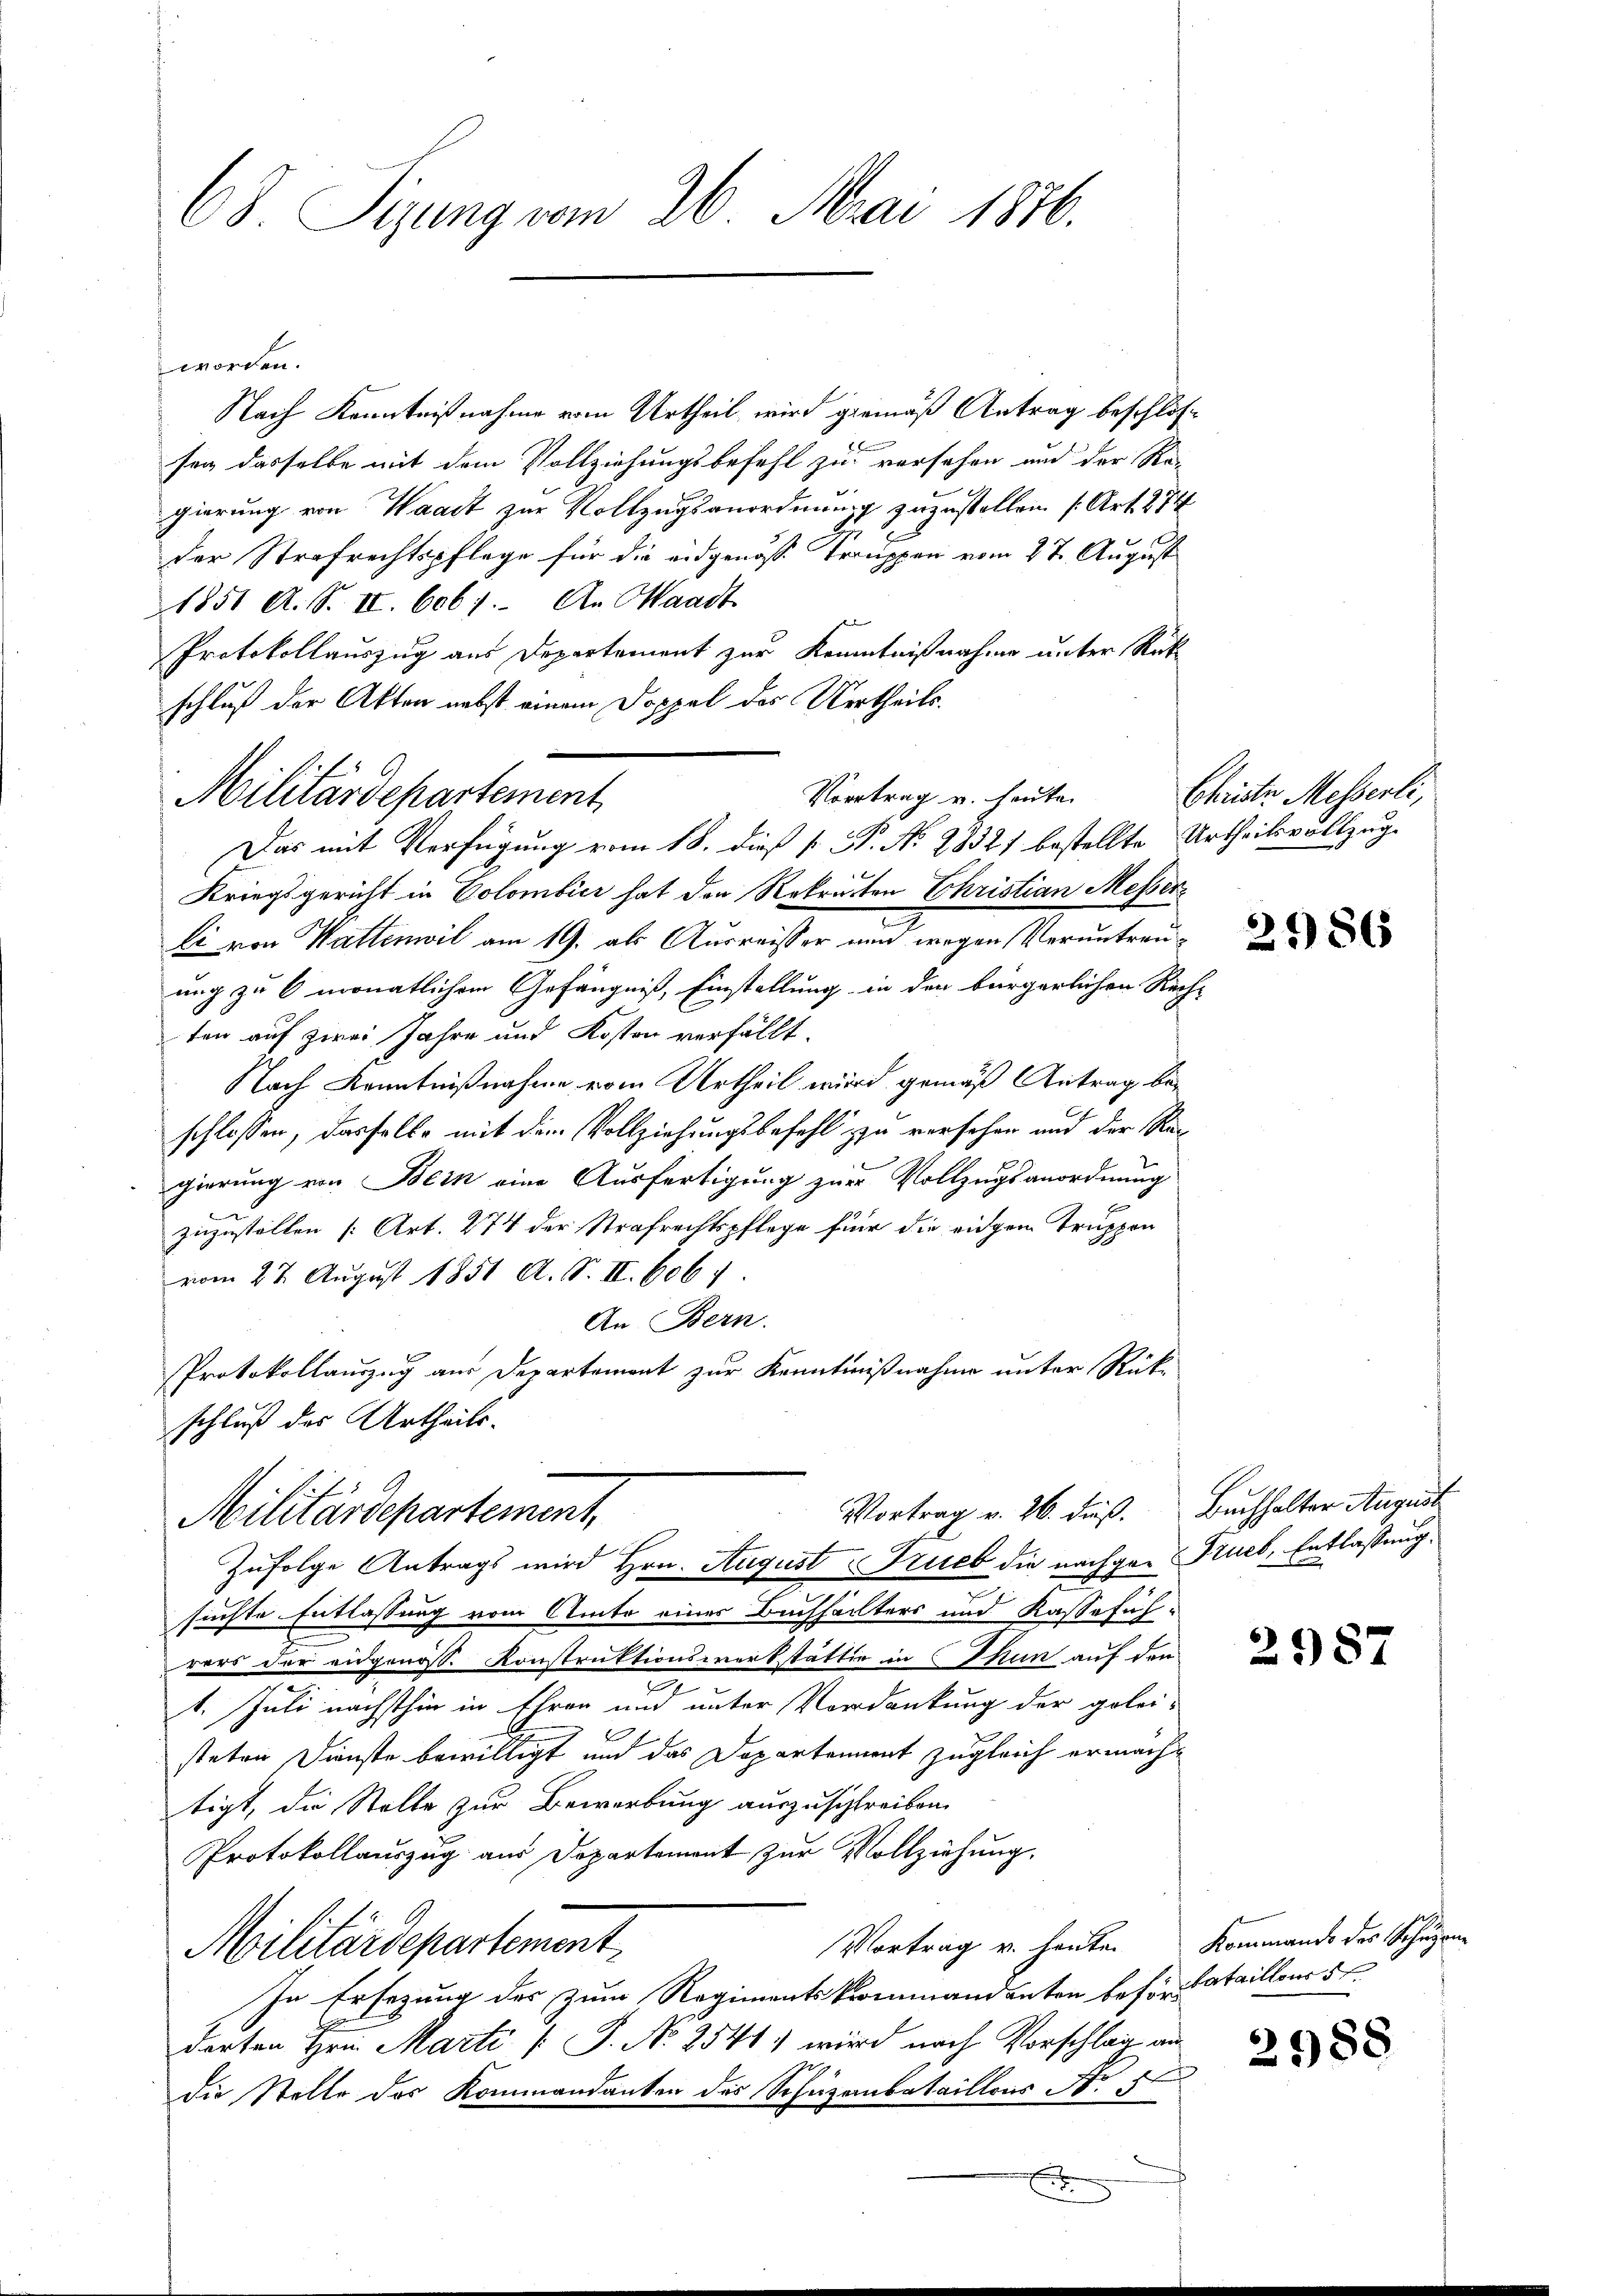
68. Sizung vom 26. Mai 1876.

worden.
Nach Kenntnißnahme vom Urtheil wird gemäß Antrag beschlos¬
. Be
sen dasselbe mit dem Vollziehungsbefehl zu versehen und der Re-
gierung von Waadt zur Vollzugsanordnung zuzustellen (Art. 274
der Strafrechtspflege für die eidgenosse Truppen vom 2 t August
1851 A. S. II. 6061. An Waadt
Protokollauszug aus Departement zur Kenntnißnahme unter Rück
schluß der Akten nebst einem Doppel des Urtheils.
Vortrag u. heute.
Das mit Verfügung vom 18. dieß P. P. N. 28321 bestellte Urtheilsvollzug¬
Kriegsgericht in Colombier hat den Rekruten Christian Messer
n
li von Wattenwil am 19. als Ausweisser nun wegen Veruntreuung zu 6 monatlichem Gefängniß, Einstellung in den bürgerlichen Rech
ten auf zwei Jahre und Kosten verfällt.
Nach Kenntnißnahme vom Urtheil wird gemäß Antrag beschlossen, dasselbe mit dem Vollziehungsbefehl zu versehen und der Regierung von Bein eine Ausfertigung zur Vollzugsanordnung
zuzustellen [Art. 274 der Strafrechtspflege für die eigem Truppen
vom 22. August 1851 A. S. II. 606 f
An Bern.
Protokollauszug aus Departement zur Kenntnißnahme unter Rückschluß des Urtheils-
Vortrag v. 26. dieß.
Militärdepartement,
E
Zufolge Antrags wird Hrn. August Trieb die nachger Fruch, Entlassung.
suchte Entlassung vom Amte einer Buchhalters und Kassaführers der eidgenoss. Konstruktionswerkstatte in Thun auf den
d
1. Juli nächsthin in Ehren und unter Verdankung der gelei-
E
steten Dienste bewilligt und das Departement zugleich ermachtigt, die Stelle zur Bewerbung auszuschreiben.
Protokollauszug aus Departement zur Vollziehung.
Vortrag u. heute
Militärdepartement
In Ersezung der zum Regimentskommandanten besondatailleur
darten Hrn. Marti [ P. No 2541) wird nach Vorschlag au
die Stelle des Kommandanten des Schuzernbataillons No. 5

Militärdepartement

Christer Messerli,

E

2986

Buchhalter August

2987

Kommando des Schulgem
2988